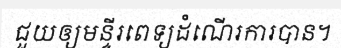
ជួយឲ្យមន្ទីរពេទ្យដំណើរការបាន។